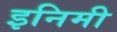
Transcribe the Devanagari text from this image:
इनिमी